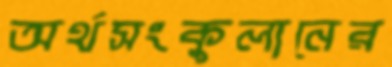
অর্থসংকুলানের